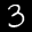
Label: 3